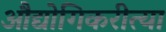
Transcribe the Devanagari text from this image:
औद्योगिकरीत्या